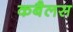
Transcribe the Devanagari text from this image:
कबैलस